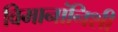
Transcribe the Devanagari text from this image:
विमानांनिशी